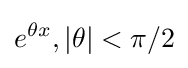
e^{\theta x},|{\theta }|<{\pi }/2